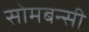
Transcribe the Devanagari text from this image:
सोमबन्सी